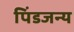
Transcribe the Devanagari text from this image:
पिंडजन्य